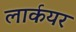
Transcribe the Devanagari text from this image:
लार्कयर